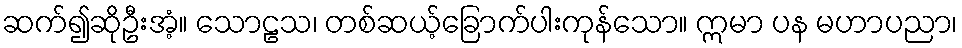
ဆက်၍ဆိုဦးအံ့။ သောဠသ၊ တစ်ဆယ့်ခြောက်ပါးကုန်သော။ ဣမာ ပန မဟာပညာ၊